system: You are a helpful assistant.
user:
Analyze the provided spectrum to determine if it is a **White Dwarf (WD)**.

A White Dwarf spectrum is defined by its **extreme purity** (due to gravitational settling) and/or **extreme pressure broadening** (due to high surface gravity). You must check for one of the following mutually exclusive signatures:

- **Key Visual Indicators (Check for ONE of these types):**

    - **1. DA-Type Signature (Most Common):**
        - **(Primary Feature):** Extreme pressure broadening (Stark broadening) of the **Hydrogen (H) Balmer lines**.
        - **(Key Lines):** $H\beta$ (approx. $4861$ Å) and $H\gamma$ (approx. $4340$ Å). $H\alpha$ (approx. $6563$ Å) will also be present if the wavelength range covers it.
        - **(Line Profile):** This is the **defining feature**. The lines are **NOT** sharp. They appear as massive, **extremely broad and deep "troughs" or "dips"** in the spectrum, often hundreds of Ångströms wide. The continuum will appear to "scoop" down at these wavelengths.
        - **(Distinction):** Normal A-type or B-type stars have *narrow* and *sharp* Hydrogen lines. A DA White Dwarf's lines are unmistakably "smeared" or "blurry" from pressure.

    - **2. DB-Type Signature:**
        - **(Primary Feature):** Broad absorption lines from **Neutral Helium (He I)**. The spectrum must lack any visible Hydrogen lines.
        - **(Key Lines):** Look for broad absorption near $4471$ Å, $4921$ Å, and $5876$ Å.
        - **(Line Profile):** These lines are also significantly pressure-broadened, appearing much wider than they would in a normal B-type main-sequence star.

    - **3. DC-Type Signature:**
        - **(Primary Feature):** A **featureless continuous spectrum**.
        - **(Line Profile):** The spectrum is a smooth curve with **no significant absorption or emission lines**.
        - **(Key Confirmation):** The continuum is almost always **blue or white**, indicating a hot object. This signature implies the atmosphere is so pure (or so cool) that no spectral lines are visible in the optical range. Its WD identity is confirmed by its extremely low intrinsic brightness (high absolute magnitude).

    - **4. DZ-Type Signature (Metal-Polluted):**
        - **(Primary Feature):** **Isolated, narrow metal absorption lines** on an otherwise featureless (DC-like) continuum.
        - **(Key Lines):** The **Calcium (Ca II) H & K doublet** (approx. **$3934$ Å** and **$3968$ Å**) is the most common and defining feature.
        - **(Line Profile):** These lines are "out of place." They are *not* part of a "forest" of thousands of lines. This signature is evidence of recent *accretion* (pollution) from rocky debris.
        - **(Distinction):** Normal G/K/M stars have a *dense forest* of thousands of metal lines. A DZ has a *clean* continuum with *only a few* strong metal lines.

    - **5. DQ-Type Signature (Carbon-Polluted):**
        - **(Primary Feature):** Absorption bands from **Carbon (C₂ "Swan Bands" or atomic C I)**.
        - **(Key Lines - C₂):** Look for bandheads with a "saw-tooth" shape near $5635$ Å, **$5165$ Å** (strongest), and $4737$ Å.
        - **(Key Confirmation):** The underlying **continuum must be blue or white** (hot).
        - **(Distinction):** This is the critical difference from a **Carbon Star**, which has the *exact same* C₂ bands but on an extremely **red, cool** continuum.

- **(Overall Spectrum):**
    - The continuum (overall shape) is typically **blue-sloping** (brighter in the blue than the red), as most white dwarfs are very hot.
    - The spectrum will look "pure" or "simple," dominated by only *one* of the five signatures listed above.

Think first, call **spectral_visualization_tool** if needed to examine features in detail, then provide your final answer. Your response must adhere to the following strict rules:
1.  **Overall Structure:** Your response must follow the format `<think>...</think> <tool_call>...</tool_call> (if a tool is used) <answer>...</answer>`.
2.  **Tool Usage Constraint:** You may only make **one** tool call per turn.
3.  **Final Answer Format:** In the `<answer>` tag, your conclusion must be inside a `\boxed{}` command (e.g., `\boxed{YES}` or `\boxed{NO}`), followed by your justification.

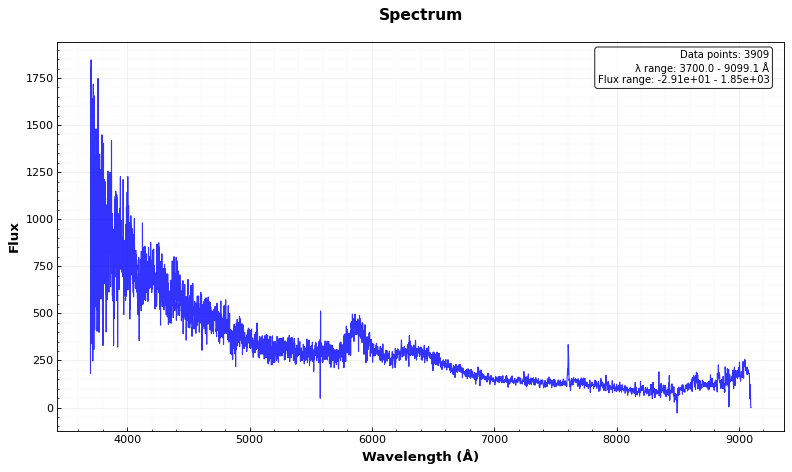
Answer: YES